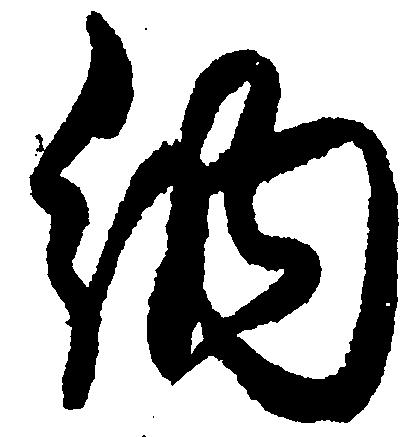
納